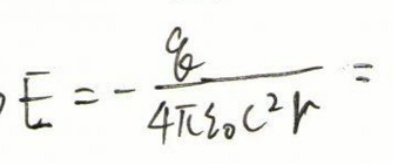
\[E = -\frac{q}{4\pi\varepsilon_0 c^2 r}\]